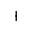
^ +